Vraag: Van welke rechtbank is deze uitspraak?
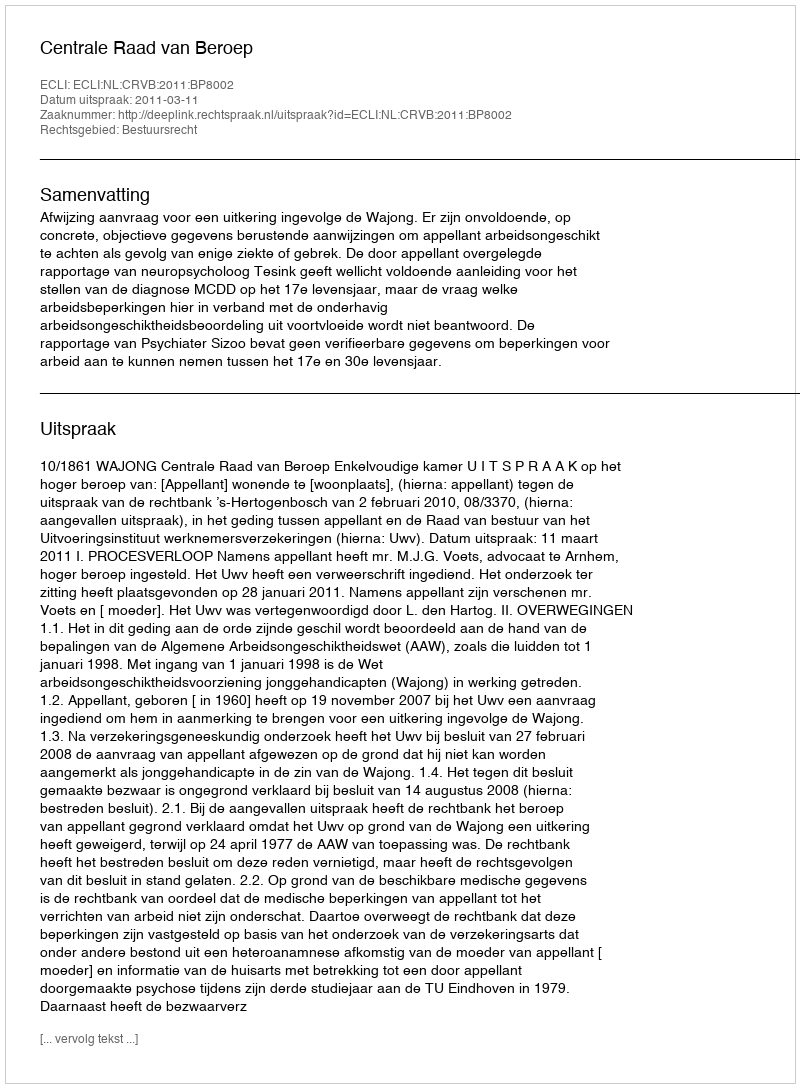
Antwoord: Centrale Raad van Beroep